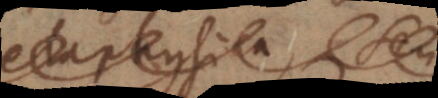
Metaphysica, seu